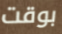
بوقت